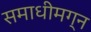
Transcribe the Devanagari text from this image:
समाधीमग्न